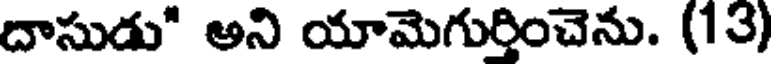
దాసుడు" అని యామెగుర్తించెను. (13)